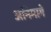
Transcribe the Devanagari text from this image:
अनिमागे